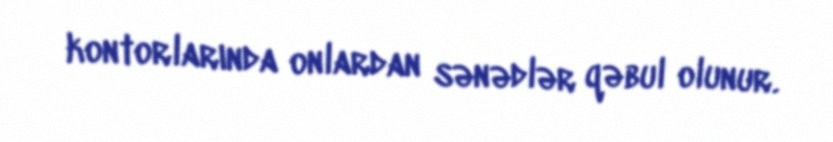
kontorlarında onlardan sənədlər qəbul olunur.